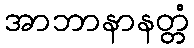
အာဘာနာနတ္တံ